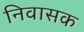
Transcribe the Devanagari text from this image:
निवासक